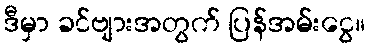
ဒီမှာ ခင်ဗျားအတွက် ပြန်အမ်းငွေ။